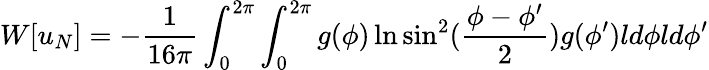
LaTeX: W[u_{N}]=-{\frac{1}{16\pi}}\int_{0}^{2\pi}\int_{0}^{2\pi}g(\phi)\ln\sin^{2}({\frac{\phi-\phi^{\prime}}{2}})g(\phi^{\prime})ld\phi ld\phi^{\prime}